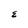
Character: E